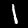
Label: 1